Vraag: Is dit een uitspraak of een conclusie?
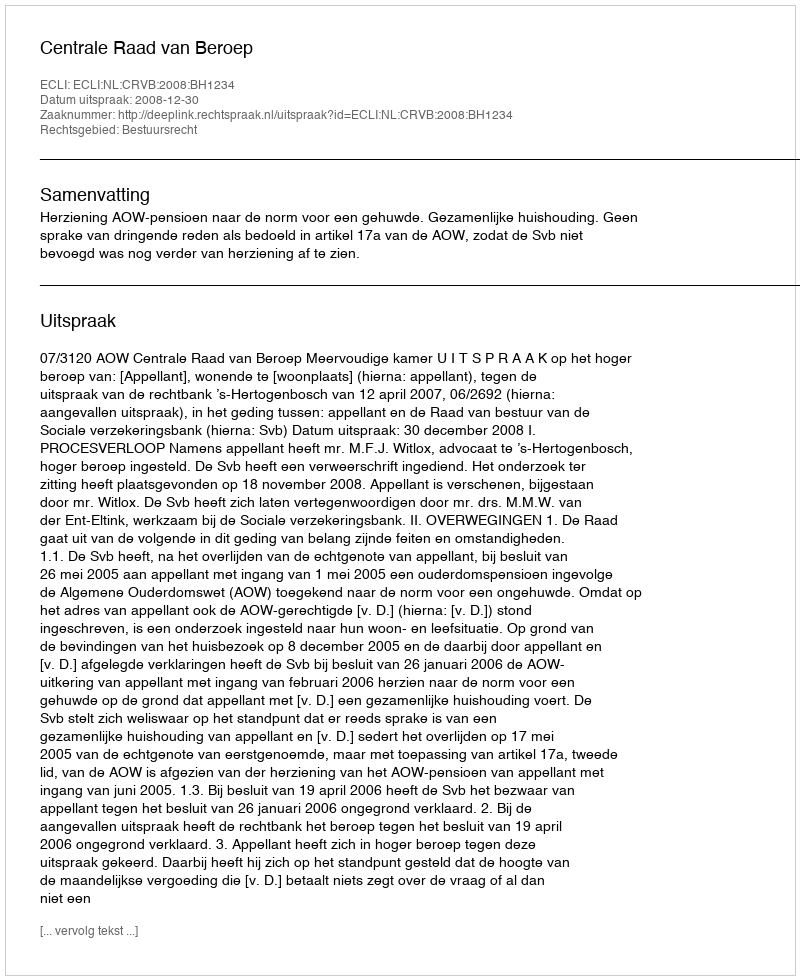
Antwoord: Uitspraak